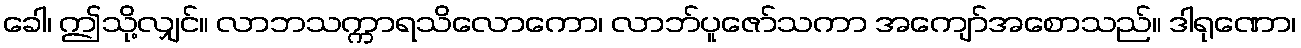
ခေါ၊ ဤသို့လျှင်။ လာဘသက္ကာရသိလောကော၊ လာဘ်ပူဇော်သကာ အကျော်အစောသည်။ ဒါရုဏော၊